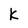
Character: k